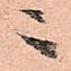
ニ